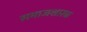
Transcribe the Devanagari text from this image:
समाजशास्त्रः